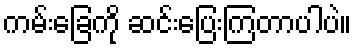
ကမ်းခြေကို ဆင်းပြေးကြတာပါပဲ။